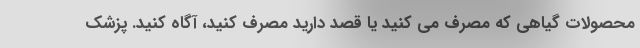
محصولات گیاهی که مصرف می کنید یا قصد دارید مصرف کنید، آگاه کنید. پزشک